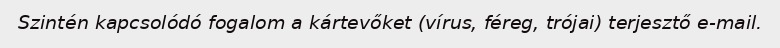
Szintén kapcsolódó fogalom a kártevőket (vírus, féreg, trójai) terjesztő e-mail.